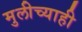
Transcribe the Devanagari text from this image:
मुलीच्याही